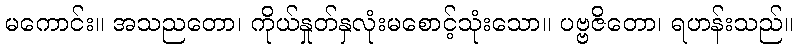
မကောင်း။ အသညတော၊ ကိုယ်နှုတ်နှလုံးမစောင့်သုံးသော။ ပဗ္ဗဇိတော၊ ရဟန်းသည်။